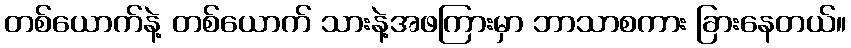
တစ်ယောက်နဲ့ တစ်ယောက် သားနဲ့အဖကြားမှာ ဘာသာစကား ခြားနေတယ်။